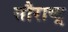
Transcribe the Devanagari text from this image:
सौराष्ट्र्